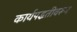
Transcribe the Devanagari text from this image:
कार्यपद्धतीवरून